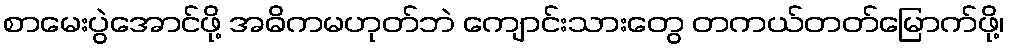
စာမေးပွဲအောင်ဖို့ အဓိကမဟုတ်ဘဲ ကျောင်းသားတွေ တကယ်တတ်မြောက်ဖို့၊